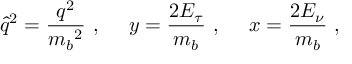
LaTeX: \hat { q } ^ { 2 } = \frac { q ^ { 2 } } { { m _ { b } } ^ { 2 } } \, \, , \, \, ~ ~ ~ y = \frac { 2 E _ { \tau } } { m _ { b } } \, \, , ~ ~ ~ \, \, x = \frac { 2 E _ { \nu } } { m _ { b } } \, \, ,